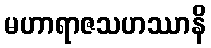
မဟာရာဇသဟဿာနိ